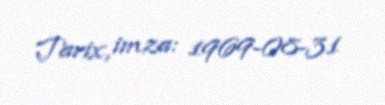
Tarix, imza: 1969-08-31